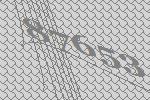
87653